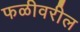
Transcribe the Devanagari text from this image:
फळीवरील